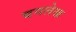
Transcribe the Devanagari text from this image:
बनलेख